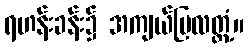
ရဟန်းခန်း၌ အကျယ်ပြလတ္တံ့။